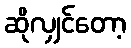
ဆိုလျှင်တော့